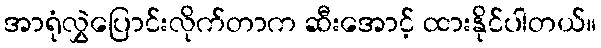
အာရုံလွှဲပြောင်းလိုက်တာက ဆီးအောင့် ထားနိုင်ပါတယ်။